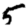
Digit: 5